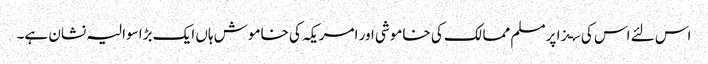
اس لئے اس کی سـزا پر مسلم ممالک کی خاموشی اور امریکہ کی خاموش ہاں ایک بڑا سوالیہ نشان ہے۔